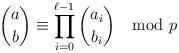
LaTeX: \begin{align*} \binom{a}{b}\equiv\prod_{i=0}^{\ell-1} \binom{a_i}{b_i}\mod p \end{align*}